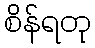
စိန်ရတု